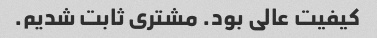
کیفیت عالی بود. مشتری ثابت شدیم.